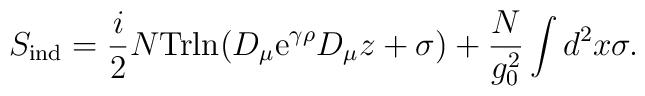
S_{\rm ind}= {i \over 2}N{\rm Trln}              (D_{\mu}{\rm e}^{\gamma\rho}D_{\mu}z+\sigma)               +{N \over g^2_0}\int d^2x \sigma.